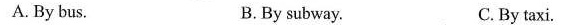
A. By bus. B.By subway. C.By taxi